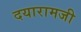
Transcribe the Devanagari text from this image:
दयारामजी